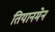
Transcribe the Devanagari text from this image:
तियानमेन